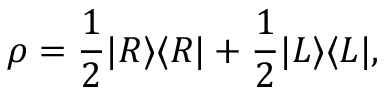
\rho = { \frac { 1 } { 2 } } | R \rangle \langle R | + { \frac { 1 } { 2 } } | L \rangle \langle L | ,